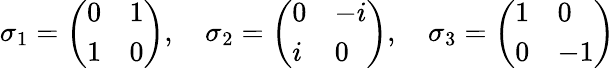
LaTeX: \sigma_{1}={\left(\begin{array}{ll}{0}&{1}\\ {1}&{0}\end{array}\right)},\quad\sigma_{2}={\left(\begin{array}{ll}{0}&{-i}\\ {i}&{0}\end{array}\right)},\quad\sigma_{3}={\left(\begin{array}{ll}{1}&{0}\\ {0}&{-1}\end{array}\right)}